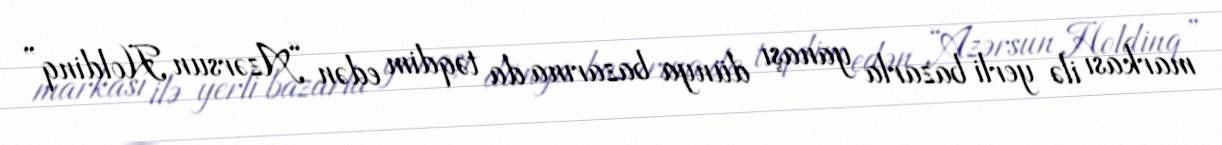
markası ilə yerli bazarla yanaşı dünya bazarına da təqdim edən “Azərsun Holdinq”